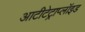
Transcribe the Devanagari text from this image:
आटीटेट्राप्लॉइड